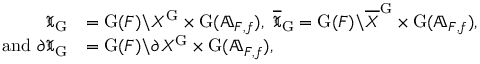
\begin{array} { r l } { \mathfrak { X } _ { \mathrm { G } } } & { = \mathrm { G } ( F ) \backslash { X } ^ { \mathrm { G } } \times \mathrm { G } ( { \mathbb A } _ { F , f } ) , ~ \overline { { \mathfrak { X } } } _ { \mathrm { G } } = \mathrm { G } ( F ) \backslash \overline { { X } } ^ { \mathrm { G } } \times \mathrm { G } ( { \mathbb A } _ { F , f } ) , } \\ { \mathrm { a n d ~ } \partial \mathfrak { X } _ { \mathrm { G } } } & { = \mathrm { G } ( F ) \backslash \partial X ^ { \mathrm { G } } \times \mathrm { G } ( { \mathbb A } _ { F , f } ) , } \end{array}